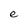
Character: e